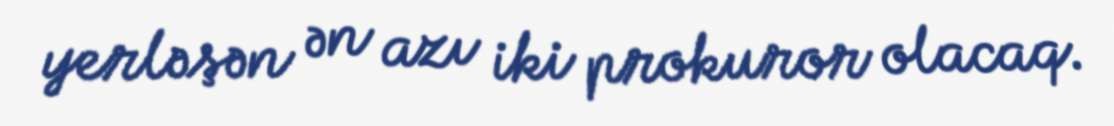
yerləşən ən azı iki prokuror olacaq.